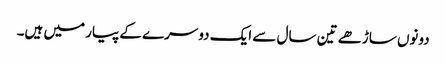
دونوں ساڑھے تین سال سے ایک دوسرے کے پیار میں ہیں۔